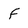
Character: f